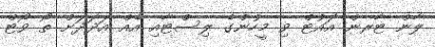
ލާން ޓާރން އައުޓް ވި މީހުންގެ ލިސްޓާއި އެއް އަދަަދަށް ތޯ ވޯޓް